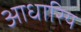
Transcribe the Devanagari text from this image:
आधारिय